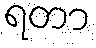
ရတာ